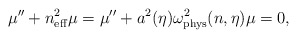
\begin{align*}\mu ''+n_{\rm eff}^2\mu =\mu ''+a^2(\eta )\omega ^2_{\rm phys}(n,\eta )\mu =0,\end{align*}